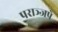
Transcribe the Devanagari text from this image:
पराञ्जपे